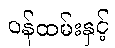
ဝန်ထမ်းနှင့်